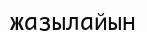
жазылайын